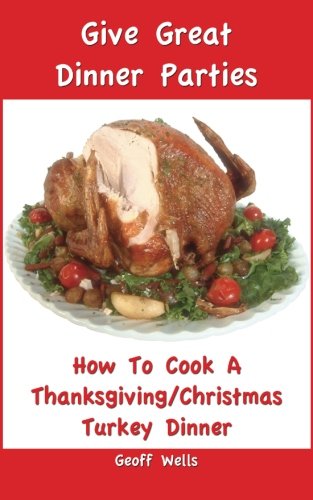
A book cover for How To Cook A Complete Thanksgiving/Christmas Turkey Dinner (Give Great Dinner Parties) (Volume 1); Geoff Wells; Cookbooks, Food & Wine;